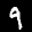
Label: 9